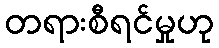
တရားစီရင်မှုဟု